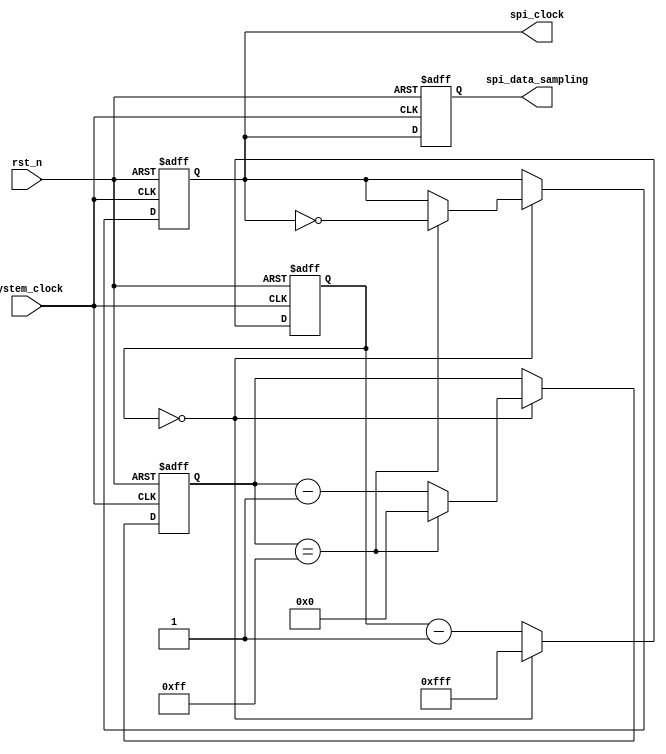
module timing_control_and_synchronization (
    input wire system_clock,
    input wire rst_n,
    output reg spi_clock,
    output reg spi_data_sampling
);

reg [7:0] prescaler;
reg [15:0] counter;

always @(posedge system_clock or negedge rst_n) begin
    if (~rst_n) begin
        prescaler <= 8'hFF;
        counter <= 16'h0000;
        spi_clock <= 1'b0;
        spi_data_sampling <= 1'b0;
    end else begin
        if (counter == 16'h0000) begin
            if (prescaler == 8'hFF) begin
                prescaler <= 8'h00;
                spi_clock <= ~spi_clock;
            end else begin
                prescaler <= prescaler - 8'h01;
            end
            counter <= 16'h0FFF;
        end else begin
            counter <= counter - 1;
        end
        spi_data_sampling <= spi_clock;
    end
end

endmodule